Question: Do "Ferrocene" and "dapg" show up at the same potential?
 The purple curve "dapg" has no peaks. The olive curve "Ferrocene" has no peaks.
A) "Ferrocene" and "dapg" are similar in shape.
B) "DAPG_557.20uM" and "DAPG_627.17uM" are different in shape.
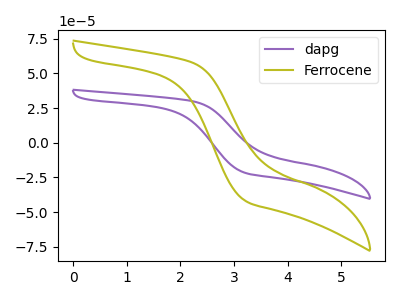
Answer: <think>Neither "Ferrocene" or "dapg" have any peaks.
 </think>
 <answer>A) "Ferrocene" and "dapg" are similar in shape.</answer>
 <eval>A</eval>